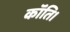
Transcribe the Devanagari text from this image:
कॉंति।